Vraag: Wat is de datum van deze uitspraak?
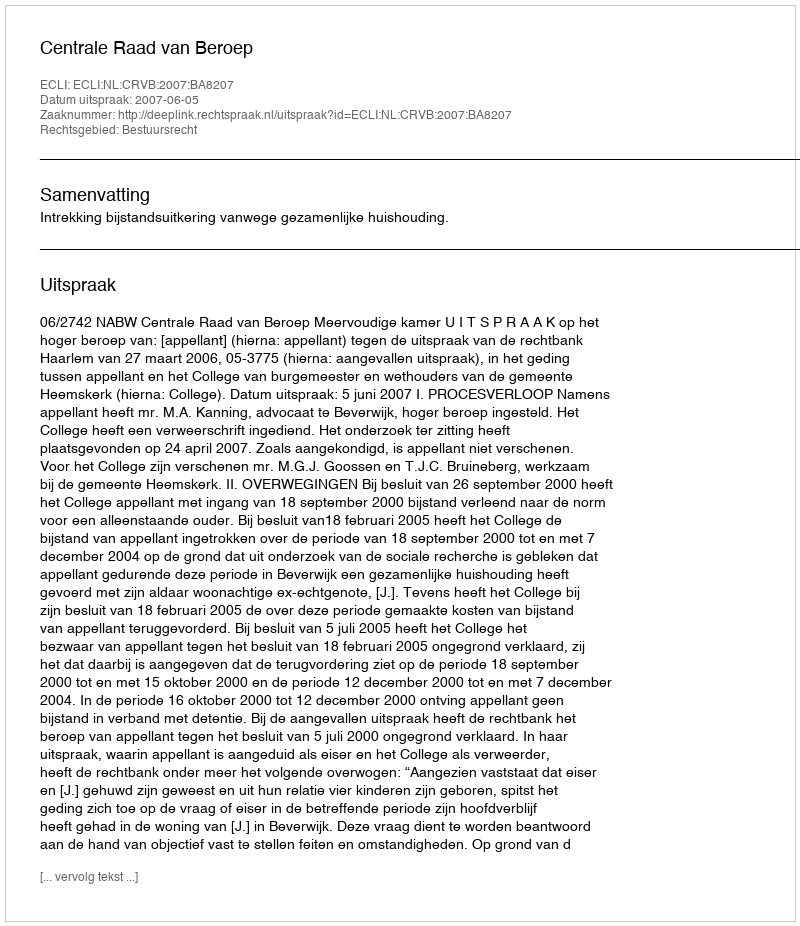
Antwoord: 2007-06-05